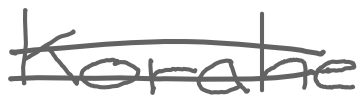
Text: Korahe
Cross-out: double-line
Writing tool: digital_gray